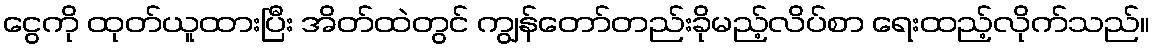
ငွေကို ထုတ်ယူထားပြီး အိတ်ထဲတွင် ကျွန်တော်တည်းခိုမည့်လိပ်စာ ရေးထည့်လိုက်သည်။